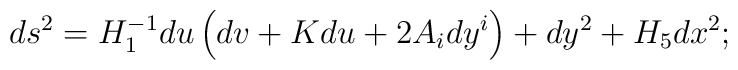
ds^2 = H_1^{-1}du \left( dv + K du+ 2 A_i dy^i \right)+ dy^2 + H_5 dx^2;